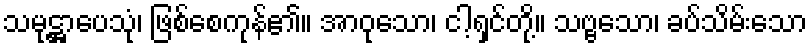
သမုဋ္ဌာပေသုံ၊ ဖြစ်စေကုန်၏။ အာဝုသော၊ ငါ့ရှင်တို့။ သဗ္ဗသော၊ ခပ်သိမ်းသော